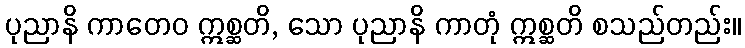
ပုညာနိ ကာတေဝ ဣစ္ဆတိ, သော ပုညာနိ ကာတုံ ဣစ္ဆတိ စသည်တည်း။